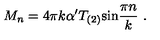
M _ { n } = 4 \pi k \alpha ^ { \prime } T _ { ( 2 ) } \mathrm { s i n } { \frac { \pi n } { k } } \ .